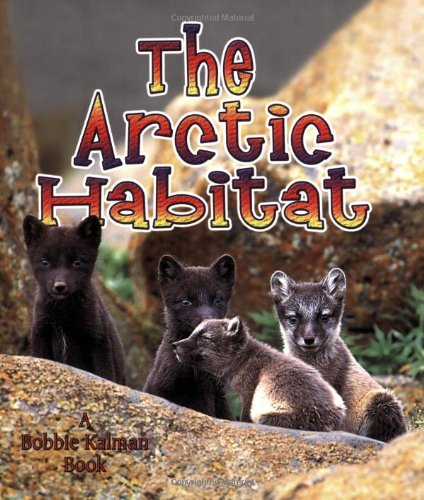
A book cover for The Arctic Habitat (Introducing Habitats); Molly Aloian; Children's Books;